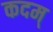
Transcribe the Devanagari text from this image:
कदम्